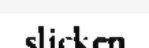
slicken